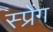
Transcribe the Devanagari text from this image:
स्प्रेंग